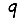
Digit: 9